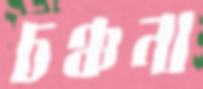
চঞ্চনা